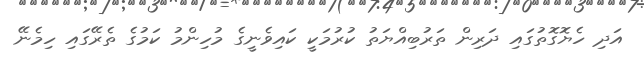
އަދި ހެޔޮގޮތުގައި ދަރިން ތަރުބިއްޔަތު ކުރުމަކީ ކައިވެނީގެ މުހިންމު ކަމުގެ ތެރޭގައި ހިމެނޭ